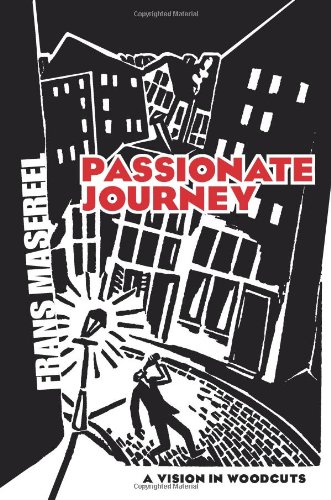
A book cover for Passionate Journey: A Vision in Woodcuts (Dover Fine Art, History of Art); Frans Masereel; Comics & Graphic Novels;